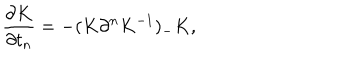
\frac { \partial K } { \partial t _ { n } } = - ( K \partial ^ { n } K ^ { - 1 } ) _ { - } K ,